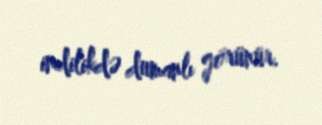
indilikdə dumanlı görünür.